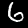
Label: 6